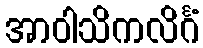
အာဝါသိကလိင်္ဂံ